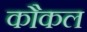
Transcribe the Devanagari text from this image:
कौकल